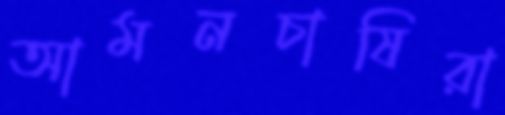
আমনচাষিরা